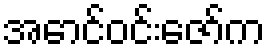
အောင်ဝင်းဇော်က